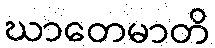
ဃာတေမာတိ